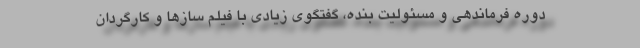
دوره فرماندهی و مسئولیت بنده، گفتگوی زیادی با فیلم سازها و کارگردان